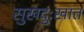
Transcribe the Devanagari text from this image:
सुखदुःखात